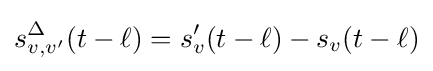
s_{v,v^{\prime }}^{\Delta }(t-\ell )=s_{v}^{\prime }(t-\ell )-s_{v}(t-\ell )